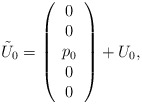
\begin{align*}\tilde U_0=\left(\begin{array}{c} 0 \\ 0 \\ p_0 \\ 0 \\ 0\end{array}\right)+U_0,\end{align*}